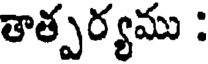
తాత్పర్యము :